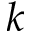
^ Ḋ k Ḍ